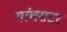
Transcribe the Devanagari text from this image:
मांचसटर